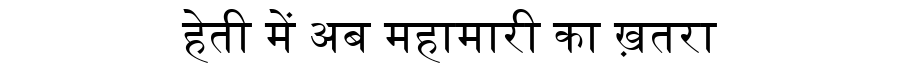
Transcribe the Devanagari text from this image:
हेती में अब महामारी का ख़तरा